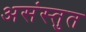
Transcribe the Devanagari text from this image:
असंस्तुत